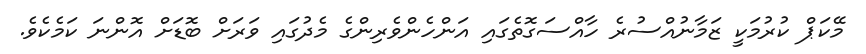
މޭކަޕް ކުރުމަކީ ޒަމާނުއްސުރެ ހާއްސަގޮތެގައި އަންހެންވެރިންގެ މެދުގައި ވަރަށް ބޮޑަށް އޮންނަ ކަމެކެވެ.